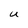
Character: u